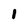
Character: 1